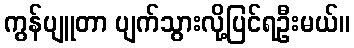
ကွန်ပျူတာ ပျက်သွားလို့ပြင်ရဦးမယ်။